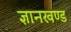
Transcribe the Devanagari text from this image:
ज्ञानखण्ड